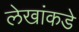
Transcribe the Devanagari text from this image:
लेखांकडे